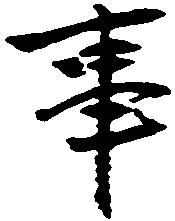
事